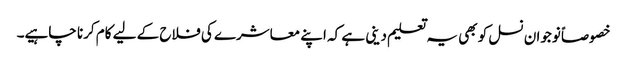
خصوصاً نوجوان نسل کو بھی یہ تعلیم دینی ہے کہ اپنے معاشرے کی فلاح کے لیے کام کرنا چاہیے۔